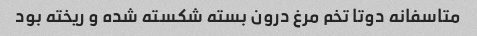
متاسفانه دوتا تخم مرغ درون بسته شکسته شده و ریخته بود